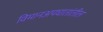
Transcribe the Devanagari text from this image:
विमानअपघातांतील